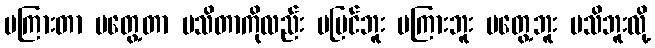
မကြားတာ မတွေ့တာ မသိတာကိုလည်း မမြင်ဘူး မကြားဘူး မတွေ့ဘူး မသိဘူးလို့